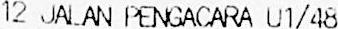
12 JALAN PENGACARA U1/48